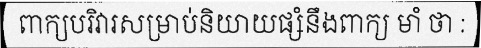
ពាក្យបរិវារសម្រាប់និយាយផ្សំនឹងពាក្យ មាំ ថា :